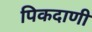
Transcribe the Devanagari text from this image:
पिकदाणी